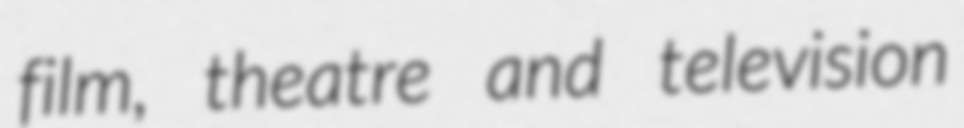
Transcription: film, theatre and television